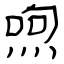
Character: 喣